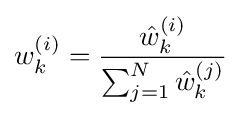
w_{k}^{(i)}={\frac {{\hat {w}}_{k}^{(i)}}{\sum _{j=1}^{N}{\hat {w}}_{k}^{(j)}}}